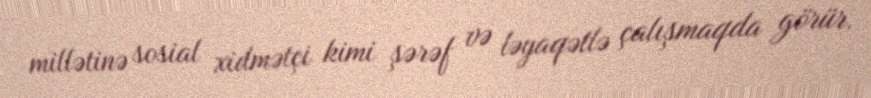
millətinə sosial xidmətçi kimi şərəf və ləyaqətlə çalışmaqda görür.